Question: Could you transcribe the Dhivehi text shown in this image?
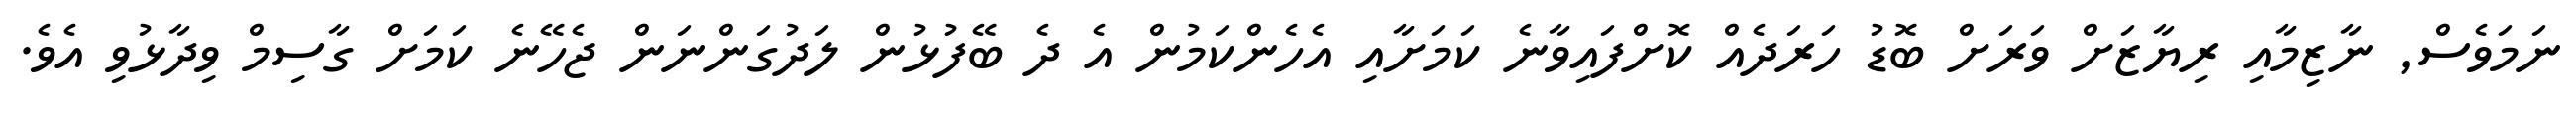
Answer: ނަމަވެސް, ނާޒިމާއި ރިޔާޒަށް ވަރަށް ބޮޑު ހަރަދެއް ކޮށްފައިވާނެ ކަމަށާއި އެހެންކަމުން އެ ދެ ބޭފުޅުން ލަދުގަންނަން ޖެހޭނެ ކަމަށް ގާސިމް ވިދާޅުވި އެވެ.